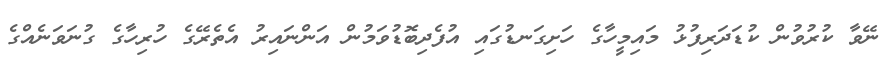
ނޭވާ ކުރުވުން ކުޑަދަރިފުޅު މައިމީހާގެ ހަށިގަނޑުގައި އުފެދިބޮޑުވަމުން އަންނައިރު އެތެރޭގެ ހުރިހާގެ ގުނަވަނެއްގެ